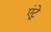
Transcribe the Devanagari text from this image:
एंट्रे